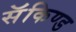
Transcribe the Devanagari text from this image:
सॅकिण्ड